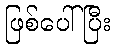
ဖြစ်ပေါ်ပြီး